Vital statistics of India. Vol. VI, European troops 1870-79
Year: 1870
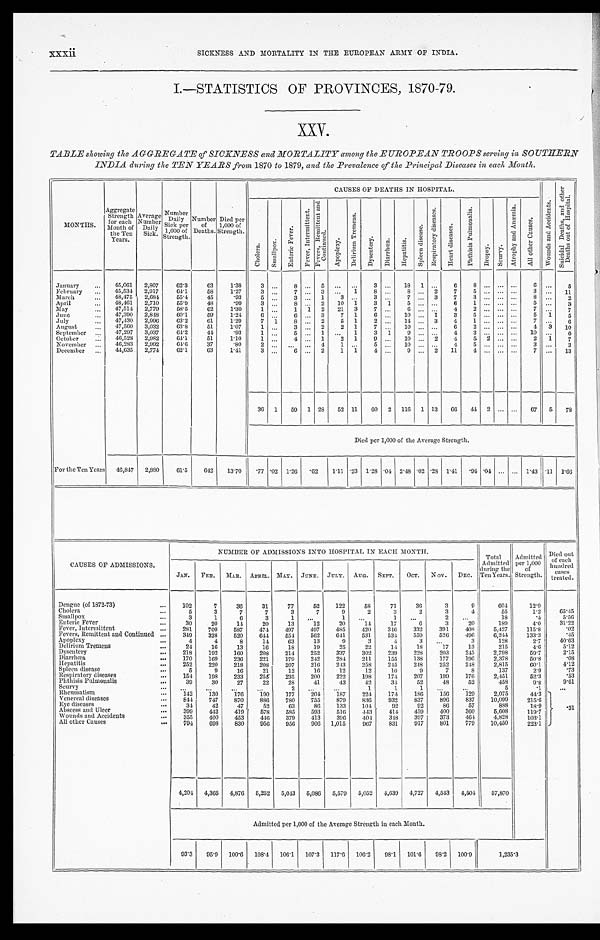
xxxii
SICKNESS AND MORTALITY IN THE EUROPEAN ARMY OF INDIA.
I.—STATISTICS OF PROVINCES, 1870-79.
XXV.
TABLE showing the AGGREGATE of SICKNESS and MORTALITY among the EUROPEAN TROOPS serving in SOUTHERN
INDIA during the TEN YEARS from 1870 to 1879, and the Prevalence of the Principal Diseases in each Month.
MONTHS.
Aggregate
Strength
for each
Month of
the Ten
Years.
Avera g e
Numer
Daily
Sick.
Number
Daily
Sick per
1,000 of
Strength.
N u m b e r o f
Deaths.
D i e d p e r
1,000 of
Strength.
CAUSES OF DEATHS IN HOSPITAL.
W o u n d s a n d A c c i d e n t s .
S u i c i d a l D e a t h s , a n d o t h e r D e a t h s o u t o f H o s p i t a l .
C h o l e r a .
S m a l l p o x .
E n t e r i c F e v e r .
F e v e r , I n t e r m i t t e n t .
F e v e r s , R e m i t t e n t a n d
C o n t i n u e d .
A p o p l e x y .
D e l i r i u m T r e m e n s .
D y s e n t e r y .
D i a r h œ a .
H e p a t i t i s .
S p l e e n D i s e a s e .
R e s p i r a t o r y D i s e a s e s .
H e a r t D i s e a s e s .
P h t h i s i s P u l m o n a l i s .
D r o p s y .
S c u r v y .
A t r o p h y a n d A n æ m i a .
A l l o t h e r C a u s e s .
January . . .
45,061
2,807
62.3
63
1.38
3
. . .
8
. . . 5
. . .
. . .
3
. . .
18 1
. . .
6
8
. . .
. . .
. . .
6 . . .
5
February . . .
45,534
2,917
64.1
58
1.27
3
. . .
7
. . . 3
. . .
1
8
. . .
8
. . .
2
7
5
. . .. . . . . .
3 . . .
11
March . . .
48,475
2,684
55.4
45
.93
5
. . .
3
. . . 1
3
. . .
3
. . .
7
. . . 3
7
3
. . . . . . . . .
8 . . .
2
April . . .
48,461
2,710
55.9
48
.99
3
. . .
8
. . .
2
10
1
3
1
5
. . . . . .
6
1
. . .. . . . . .
5 . . .
3
May . . .
47,514
2,779
58.5
62
1.30
1
. . .
1
1
2
21
3
7
. . .
6
. . .
. . .
4
2
. . .. . . . . .
7 . . .
7
June . . .
47,390
2,848
60.1
59
1.24
6
. . .
6
. . . 3
7
1
6
. . .
10
. . . 1
3
5
. . .. . . . . .
5
1
5
July . . .
47,430
2,996
63.2
61
1.29
7
1
8
. . . 2
5
1
2
. . . 14
. . . 3
4
1
. . .. . . . . .
7 . . .
6
August . . .
47,560
3,032
63.8
51
1.07
1
. . .
3
. . . 2
2
1
7
. . .
10
. . . . . .
6
2
. . .. . . . . .
4
3
10
September . . .
47,297
3,037
6 4 . 2
44
.93
1
. . .
5
. . . 1
. . .
1
3
1
9
. . . . . .
4
3
. . . . . . . . .
10 . . .
6
October . . .
46,528
2,982
64.1
51
1.10
1
. . .
4
. . . 1
2
1
9
. . .
10
. . . 2
4
5
2 . . . . . .
2
1
7
November . . .
46,283
2,992
6 4 . 6
37
.8
2
. . .
. . .
. . .
4
1
. . .
5
. . .
10
. . .
. . .
4
5
. . .. . . . . .
3 . . .
3
December . . .
44,635
2,774
62.1
63
1.41
3
. . .
6
. . . 2
1
1
4
. . .
9
. . .
2
1 1
4
. . .. . . . . .
7
. . .
13
36
1
59
1 28
52 11
60
2
116
1 13
6 6
44
2 . . . . . .
67
5
78
Died per 1,000 of the Average Strength.
For the Ten Years
46,847
2,880
61.5
642
13.70
.77 .02 1.26 .62
1.11 .23 1.28 .04 2.48 .02 .28 1.41
.94 .04 . . . . . . 1.43 .11 1.66
CAUSES OF ADMISSIONS.
NUMBER OF ADMISSIONS INTO HOSPITAL IN EACH MONTH.
Total
Admitted
during the
Ten Years.
Admitted
per 1,000
of
Strength.
Died out
of each
hundred
cases
treated.
JAN.
FEB.
MAR.
APRIL. MAY.
JUNE.
JULY.
AUG.
SEPT.
OCT.
N ov.
DEC.
Dengue (of 1872-73) . . .
102
7
36
31
77
52
122
5 8
71
36
3
9
604
12.9
Cholera . . .
5
3
7
7
3
7
9
2
3
2
3
4
55
1.2
65.45
Smallpox . . .
3
1
6
3
1
. . .
1
. . .
1
. . .
2
. . .
18
.4
5.56
Enteric Fever . . .
30
20
14
20
13
12
20
14
17
6
3
20
189
4.0
31.22
Fever, Intermittent . . .
281
709
587
474
497
497
485
420
346
332
391
408
5,427
115.8
.02
Fevers, Remittent and Continued . . .
349
328
520
644
554
562
641
531
534
559
526
496
6,244
133.3
.45
Apoplexy . . .
4
4
8
14
63
13
9
3
4
3
. . .
3
128
2.7
40.63
Delirium Tremens . . .
24
16
13
16
18
19
25
22
14
18
17
13
215
4.6
5.12
Dysentery . . .
218
192
160
208
214
252
337
302
239
228
203
245
2,798
59.7
2.15
Diarrhœa . . .
170
169
236
221
179
242
284
211
155
138
177
196
2,378
50.8
.08
Hepatitis . . .
252
220
218
208
207
216
243
258
245
248
252
248
2,815
60.1
4.12
Spleen disease . . .
5
9
16
21
12
16
12
12
10
9
7
8
137
2.9
.73
Respiratory diseases . . .
154
198
233
255
235
200
222
198
174
207
199
176
2,451
52.3
.53
Phthisis Pulmonalis . . .
39
30
27
22
28
41
43
42
34
52
48
52
458
9.8
9.61
Scurvy . . .
. . .
. . .
. . .
. . .
2
. . .
. . .
1
1
1
. . .
. . .
5
.1
. . .
Rheumatism . . .
142
130
176
190
177
204
.
187
224
174
186
1 5 6
129
2,075
44.3
.
.31
Venereal diseases . . .
844
747
8 7 0
886
780
755
879
836
932
837
896
837
10,099
215.6
Eye diseases . . .
34
42
47
52
63
86
133
104
92
92
86
57
888
18.9
Abscess and Ulcer . . .
399
442
419
578
585
593
516
443
414
459
400
360
5,608
119.7
Wounds and Accidents . . .
355
400
453
446
379
413
396
404
348
397
373
464
4,828
103.1
All other Causes . . .
794
698
830
956
956
906 1,015
967
831
917
801
779
10,450
223.1
4,204 4,365
4,876 5,252
5,043
5,086 5,579
5,052
4,639
4,727
4,543
4,504
57,870
Admitted per 1,000 of the Average Strength in each Month.
93.3
95.9
100.6 108.4 106.1
107.3
117.6 106.2
98.1
101.6
98.2
100.9
1,235.3